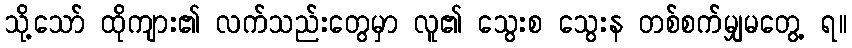
သို့သော် ထိုကျား၏ လက်သည်းတွေမှာ လူ၏ သွေးစ သွေးန တစ်စက်မျှမတွေ့ ရ။